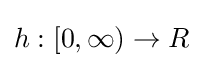
h:[0,\infty )\rightarrow R